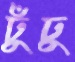
ঢুঁঢু